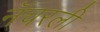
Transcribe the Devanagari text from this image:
नॅचरली